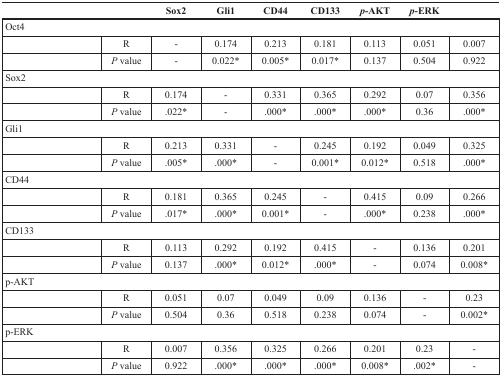
<table><thead><tr><td></td><td></td><td><b>Sox2</b></td><td><b>Gli1</b></td><td><b>CD44</b></td><td><b>CD133</b></td><td><b><i>p</i>-AKT</b></td><td><b><i>p</i>-ERK</b></td><td></td></tr></thead><tbody><tr><td colspan="9">Oct4</td></tr><tr><td></td><td>R</td><td>-</td><td>0.174</td><td>0.213</td><td>0.181</td><td>0.113</td><td>0.051</td><td>0.007</td></tr><tr><td></td><td><i>P</i> value</td><td>-</td><td>0.022*</td><td>0.005*</td><td>0.017*</td><td>0.137</td><td>0.504</td><td>0.922</td></tr><tr><td colspan="9">Sox2</td></tr><tr><td></td><td>R</td><td>0.174</td><td>-</td><td>0.331</td><td>0.365</td><td>0.292</td><td>0.07</td><td>0.356</td></tr><tr><td></td><td><i>P</i> value</td><td>.022*</td><td>-</td><td>.000*</td><td>.000*</td><td>.000*</td><td>0.36</td><td>.000*</td></tr><tr><td colspan="9">Gli1</td></tr><tr><td></td><td>R</td><td>0.213</td><td>0.331</td><td>-</td><td>0.245</td><td>0.192</td><td>0.049</td><td>0.325</td></tr><tr><td></td><td><i>P</i> value</td><td>.005*</td><td>.000*</td><td>-</td><td>0.001*</td><td>0.012*</td><td>0.518</td><td>.000*</td></tr><tr><td colspan="9">CD44</td></tr><tr><td></td><td>R</td><td>0.181</td><td>0.365</td><td>0.245</td><td>-</td><td>0.415</td><td>0.09</td><td>0.266</td></tr><tr><td></td><td><i>P</i> value</td><td>.017*</td><td>.000*</td><td>0.001*</td><td>-</td><td>.000*</td><td>0.238</td><td>.000*</td></tr><tr><td colspan="9">CD133</td></tr><tr><td></td><td>R</td><td>0.113</td><td>0.292</td><td>0.192</td><td>0.415</td><td>-</td><td>0.136</td><td>0.201</td></tr><tr><td></td><td><i>P</i> value</td><td>0.137</td><td>.000*</td><td>0.012*</td><td>.000*</td><td>-</td><td>0.074</td><td>0.008*</td></tr><tr><td colspan="9">p-AKT</td></tr><tr><td></td><td>R</td><td>0.051</td><td>0.07</td><td>0.049</td><td>0.09</td><td>0.136</td><td>-</td><td>0.23</td></tr><tr><td></td><td><i>P</i> value</td><td>0.504</td><td>0.36</td><td>0.518</td><td>0.238</td><td>0.074</td><td>-</td><td>0.002*</td></tr><tr><td colspan="9">p-ERK</td></tr><tr><td></td><td>R</td><td>0.007</td><td>0.356</td><td>0.325</td><td>0.266</td><td>0.201</td><td>0.23</td><td>-</td></tr><tr><td></td><td><i>P</i> value</td><td>0.922</td><td>.000*</td><td>.000*</td><td>.000*</td><td>0.008*</td><td>.002*</td><td>-</td></tr></tbody></table>